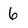
Character: 6